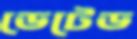
ডেটেড